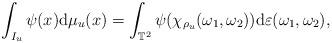
LaTeX: \begin{align*} \int_{I_u} \psi(x) \mathrm{d}\mu_u(x) = \int_{\mathbb{T}^2} \psi(\chi_{\rho_u}(\omega_1,\omega_2)) \mathrm{d}\varepsilon(\omega_1,\omega_2),\end{align*}